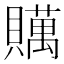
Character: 贎